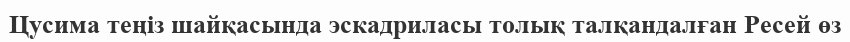
Цусима теңіз шайқасында эскадриласы толық талқандалған Ресей өз